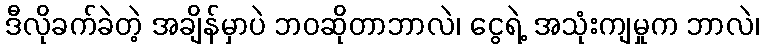
ဒီလိုခက်ခဲတဲ့ အချိန်မှာပဲ ဘဝဆိုတာဘာလဲ၊ ငွေရဲ့ အသုံးကျမှုက ဘာလဲ၊